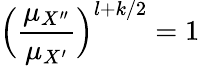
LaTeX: \Big(\frac{\mu_{X^{\prime\prime}}}{\mu_{X^{\prime}}}\Big)^{l+k/2}=1